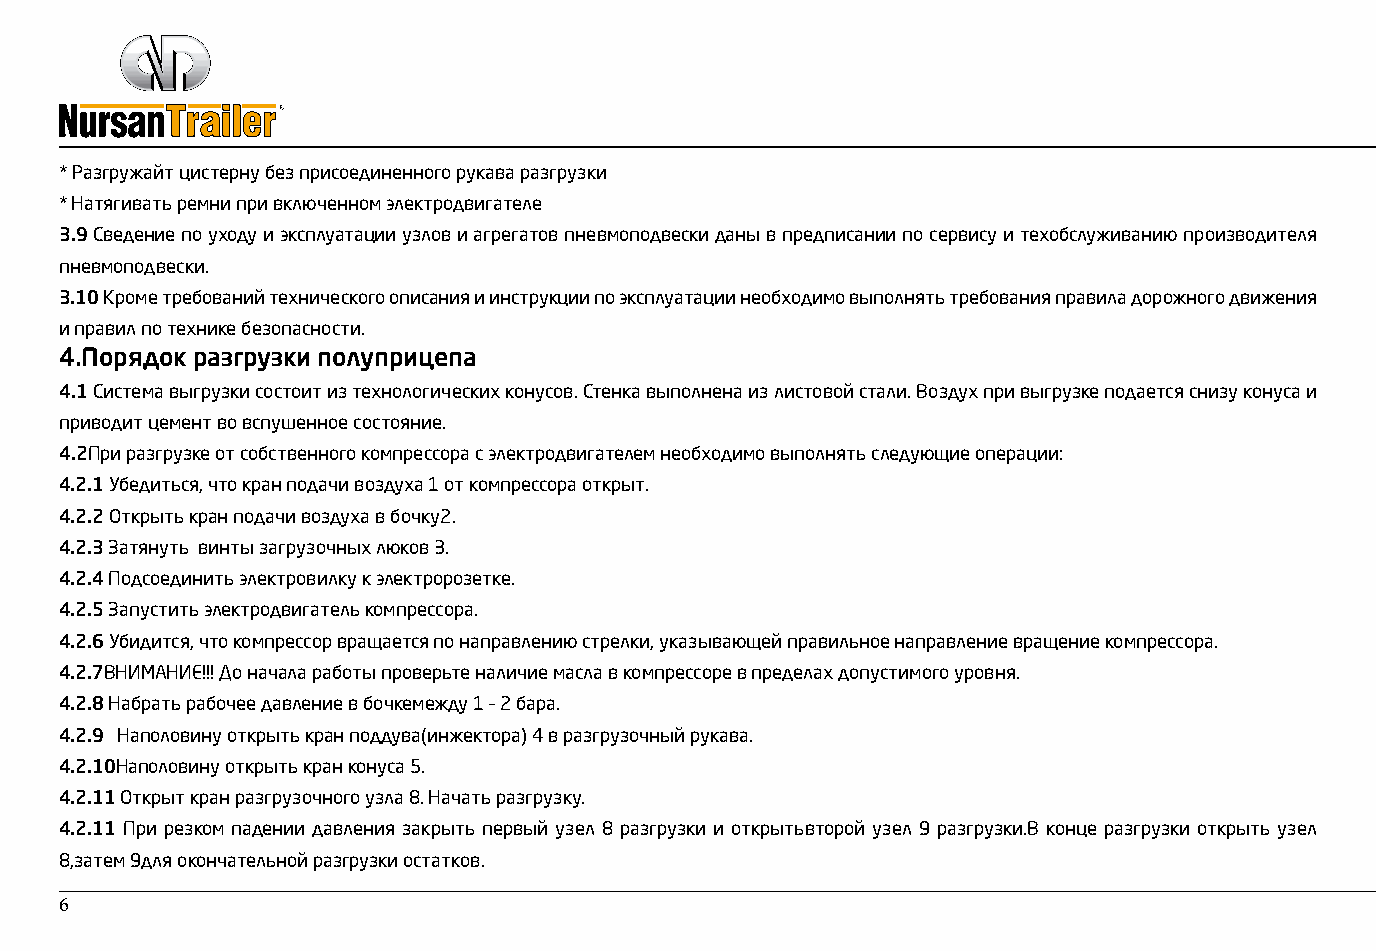
* Разгружайт цистерну без присоединенного рукава разгрузки
 * Натягивать ремни при включенном электродвигателе
 3.9 Сведение по уходу и эксплуатации узлов и агрегатов пневмоподвески даны в предписании по сервису и техобслуживанию производителя
 пневмоподвески.
 3.10 Кроме требований технического описания и инструкции по эксплуатации необходимо выполнять требования правила дорожного движения
 и правил по технике безопасности.
 4.Порядок разгрузки полуприцепа
 4.1 Система выгрузки состоит из технологических конусов. Стенка выполнена из листовой стали. Воздух при выгрузке подается снизу конуса и
 приводит цемент во вспушенное состояние.
 4.2При разгрузке от собственного компрессора с электродвигателем необходимо выполнять следующие операции:
 4.2.1 Убедиться, что кран подачи воздуха 1 от компрессора открыт.
 4.2.2 Открыть кран подачи воздуха в бочку2.
 4.2.3 Затянуть винты загрузочных люков 3.
 4.2.4 Подсоединить электровилку к электророзетке.
 4.2.5 Запустить электродвигатель компрессора.
 4.2.6 Убидится, что компрессор вращается по направлению стрелки, указывающей правильное направление вращение компрессора.
 4.2.7ВНИМАНИЕ!!! До начала работы проверьте наличие масла в компрессоре в пределах допустимого уровня.
 4.2.8 Набрать рабочее давление в бочкемежду 1 – 2 бара.
 4.2.9 Наполовину открыть кран поддува(инжектора) 4 в разгрузочный рукава.
 4.2.10Наполовину открыть кран конуса 5.
 4.2.11 Открыт кран разгрузочного узла 8. Начать разгрузку.
 4.2.11 При резком падении давления закрыть первый узел 8 разгрузки и открытьвторой узел 9 разгрузки.В конце разгрузки открыть узел
 8,затем 9для окончательной разгрузки остатков.
 6